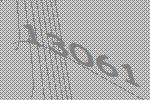
13061